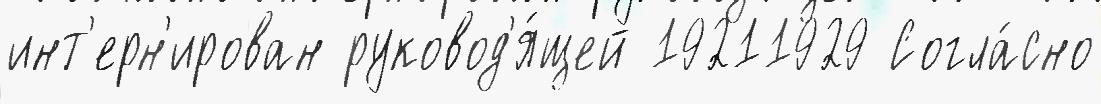
инт'ерн'ирован руковод'я́щей 19211929 Согла́сно